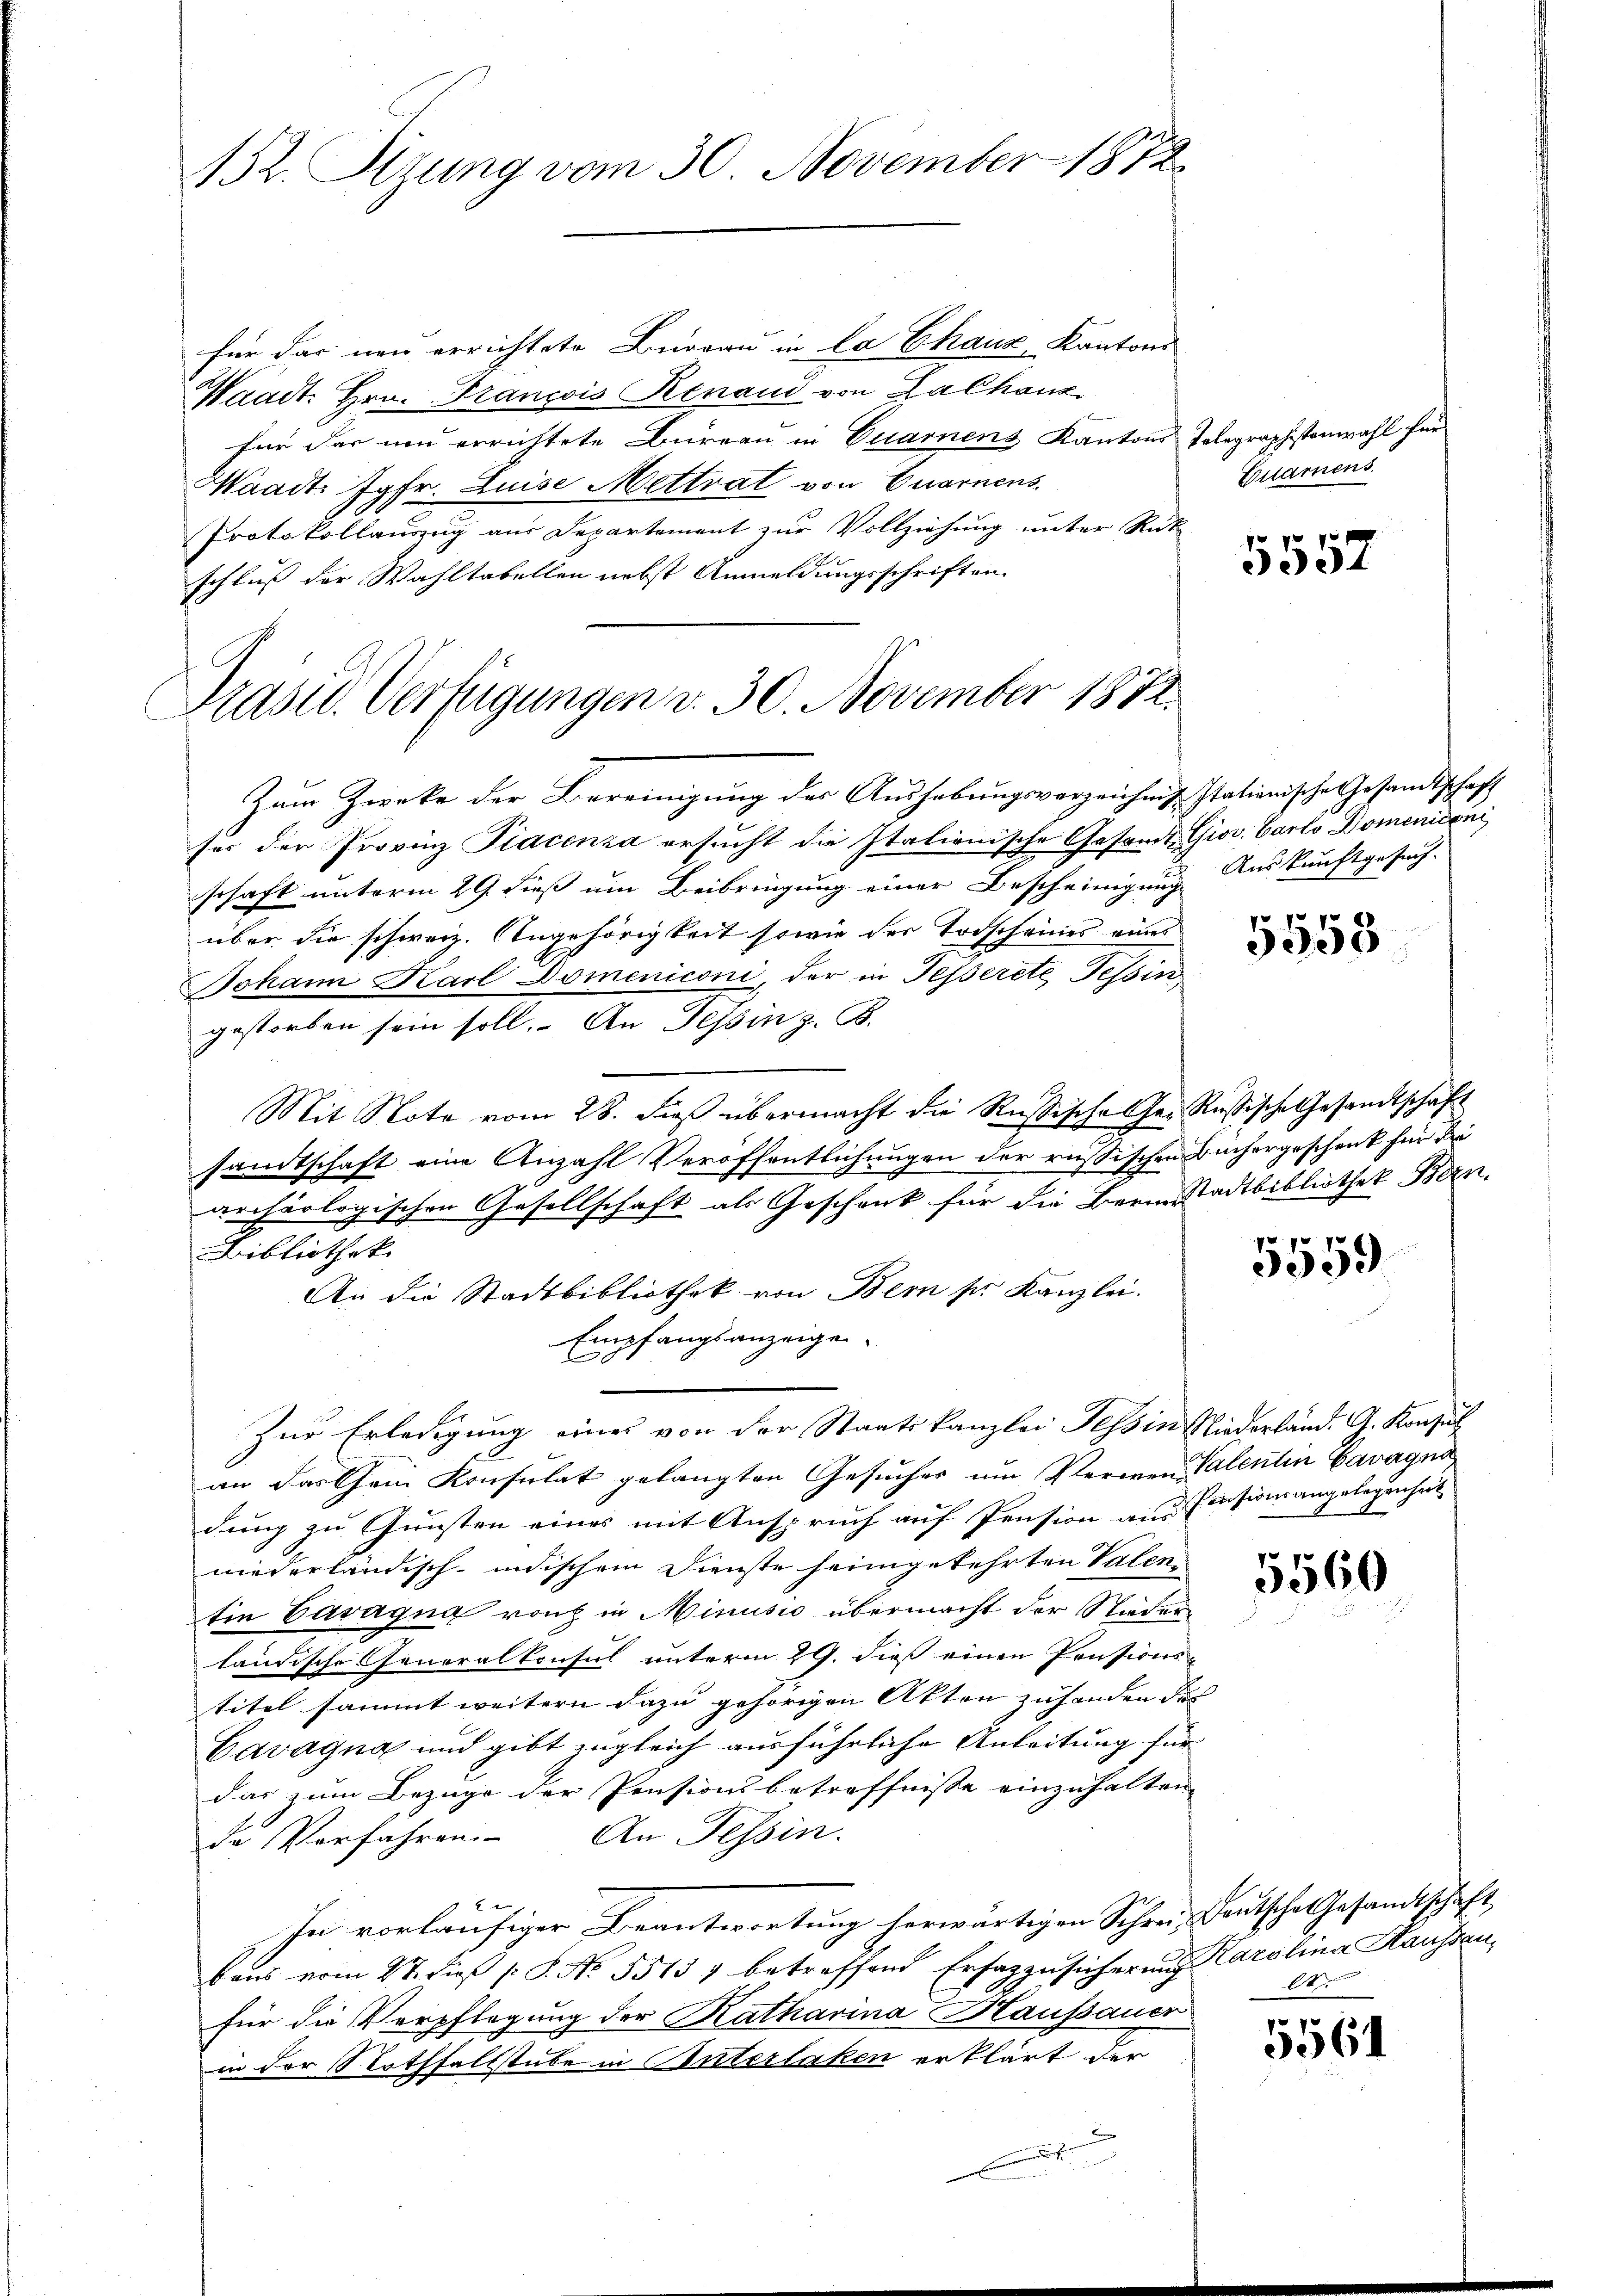
452. Sizung vom 30. November 1872

für das neu errichtete Burgau in la Chaux, Kantons
Waadt. Hrn. François Renaud von Zachanz
für das und errichtete Bureau in Euarnens Kantons Telegraphistenwahl für
Waadt: Jgfr. Luise Mettrat von Quarnens.
Protokollauszug aus Departement zur Vollziehung unter Rut
schluß der Wahltabellen nebst Anmeldungsschriften.

Zum Zwecke der Bereinigung der Aushebungsverzeichnis stationische Gesandtschaft
für der Provinz Piacenza ersucht die Italionische Gesamt-Grov. Carlo Domeniconi
schaft unterm 29. dieß um Beibringung einer Bescheinigung Auskunftgesuch-
über die schweiz. Angehörigkeit sowie der Todscheines eines
Johann Karl Domeniconi, der in Tesserete Tessin,
gestorben sein soll. An Tessin z. B.
Mit Note vom 28. dieβ übermacht die Russischehe. Rußische Gesandtschaft
sandtschaft eine Anzahl Veröffentlichungen der russischen Buchergeschenk für die
archäologischen Gesellschaft als Geschenk für die Bernstadtbibliothek Bern.
Bibliothek.
An die Stadtbibliothek von Bern sr. Kanzlei.
Empfangsanzeigen.
i
Zur Erledigung eines von der Staatskanzlei Tessin Niederländ. G. Konsul
an das Chein Konsulat gelangten Gesuches um Verwenalentin Cavagna
dung zu Gunsten eines mit Anspruch auf Pension aus Pensionsangelegenheit
niederländisch-indischem Dienste heimgekehrten Valen
tin Cavagna noch in Minusio übermacht der Nieder-
ländische Generalkonsul unterm 29. dieß einen Pensionstitel sammt weitern dazu gehörigen Akten zuhanden das
Gavagna und gibt zugleich ausführliche Anleitung für
das zum Bezuge der Pensionsbetreffnisse einzuhalten |
de Verfahren. An Tessin.
2
In vorläufiger Beantwortung herwärtigen Schrei Deutsche Gesandtschaft,
sans vom 27. dieß (: P. No. 55137 betreffend Ersazzusicherung Karolina Haussen,
für die Verpflegung der Katharina Haussauer
in der Nothfallstube in Unterlaken erklärt der
D

Präsid. Verfügungen d. 30. November 1872.

Cuarnens.

5557

5553

5559

5560

t

5561